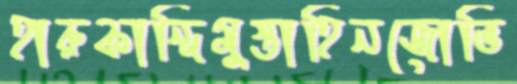
হারুকান্দিমুস্তাহিনজোভি